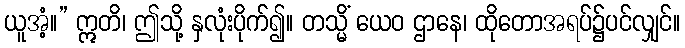
ယူအံ့။” ဣတိ၊ ဤသို့ နှလုံးပိုက်၍။ တသ္မိံ ယေဝ ဌာနေ၊ ထိုတောအရပ်၌ပင်လျှင်။